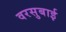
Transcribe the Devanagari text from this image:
वरसुबाई